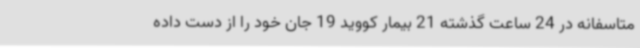
متاسفانه در 24 ساعت گذشته 21 بیمار کووید 19 جان خود را از دست داده